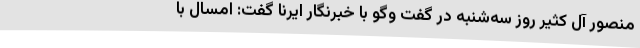
منصور آل کثیر روز سه‌شنبه در گفت وگو با خبرنگار ایرنا گفت: امسال با